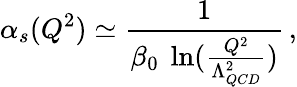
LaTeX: \alpha_{s}(Q^{2})\simeq\frac{1}{\beta_{0}~\ln(\frac{Q^{2}}{\Lambda_{QCD}^{2}})}\, ,